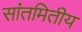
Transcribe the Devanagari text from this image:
सांतमितीय